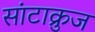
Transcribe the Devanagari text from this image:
सांटाक्रुज